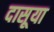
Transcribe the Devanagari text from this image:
दासूया